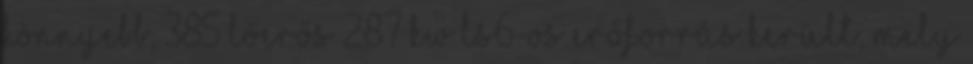
könnyebb, 385 lóerős 287 kW LS6-os erőforrás került, mely